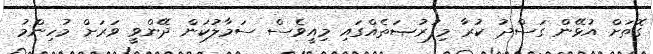
ގޮތަށް އުޅޭން ގަސްދު ކުރާ މިފުރުޞަތެއްގައި މިއީވެސް ސަމާލުކަން ދޭންވީ ވަރަށް މުހިންމު